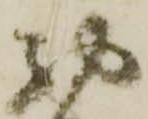
西